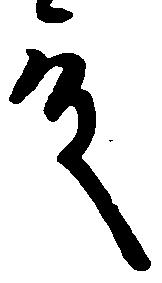
殿